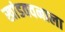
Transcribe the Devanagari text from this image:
खांडववनाला